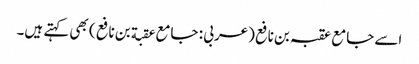
اسے جامع عقبہ بن نافع (عربی : جامع عقبة بن نافع ) بھی کہتے ہیں۔